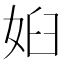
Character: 𱙐